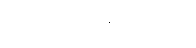
ပိယပ္ပဘဝိကာတိ